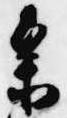
参